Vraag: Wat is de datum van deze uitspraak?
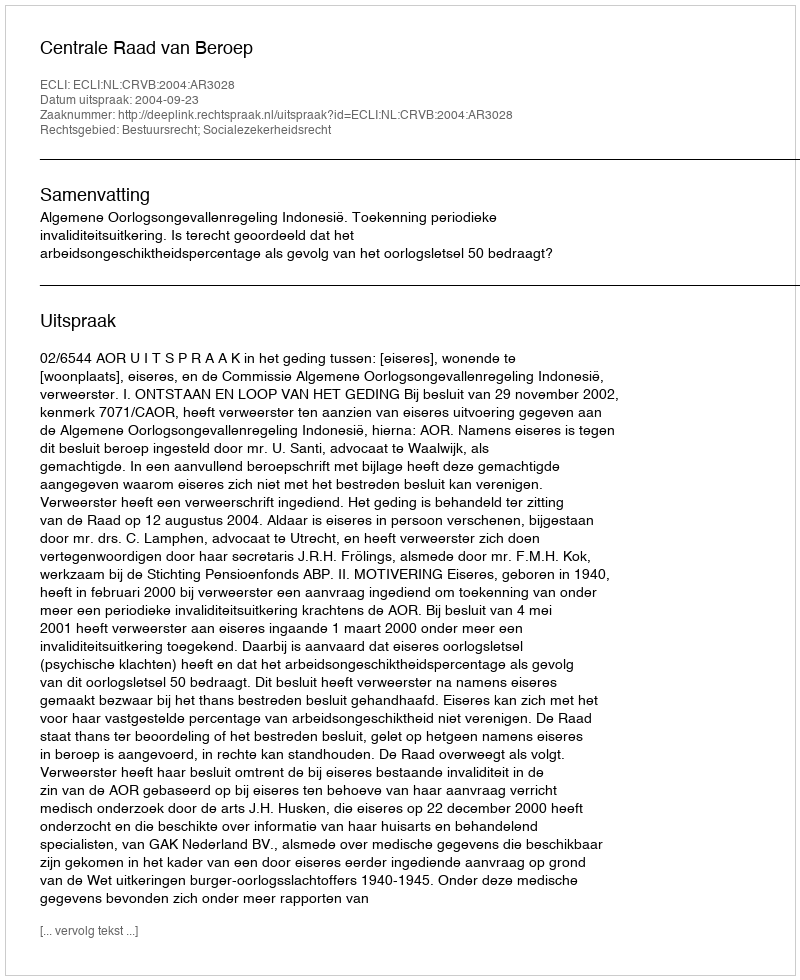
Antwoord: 2004-09-23